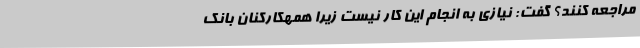
مراجعه کنند؟ گفت: نیازی به انجام این کار نیست زیرا همهکارکنان بانک